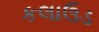
કલાઉડ